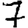
Digit: 7